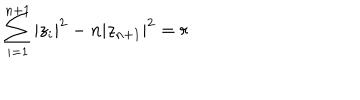
\sum _ { i = 1 } ^ { n + 1 } | z _ { i } | ^ { 2 } - n | z _ { n + 1 } | ^ { 2 } = r